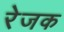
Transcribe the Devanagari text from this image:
रेजक